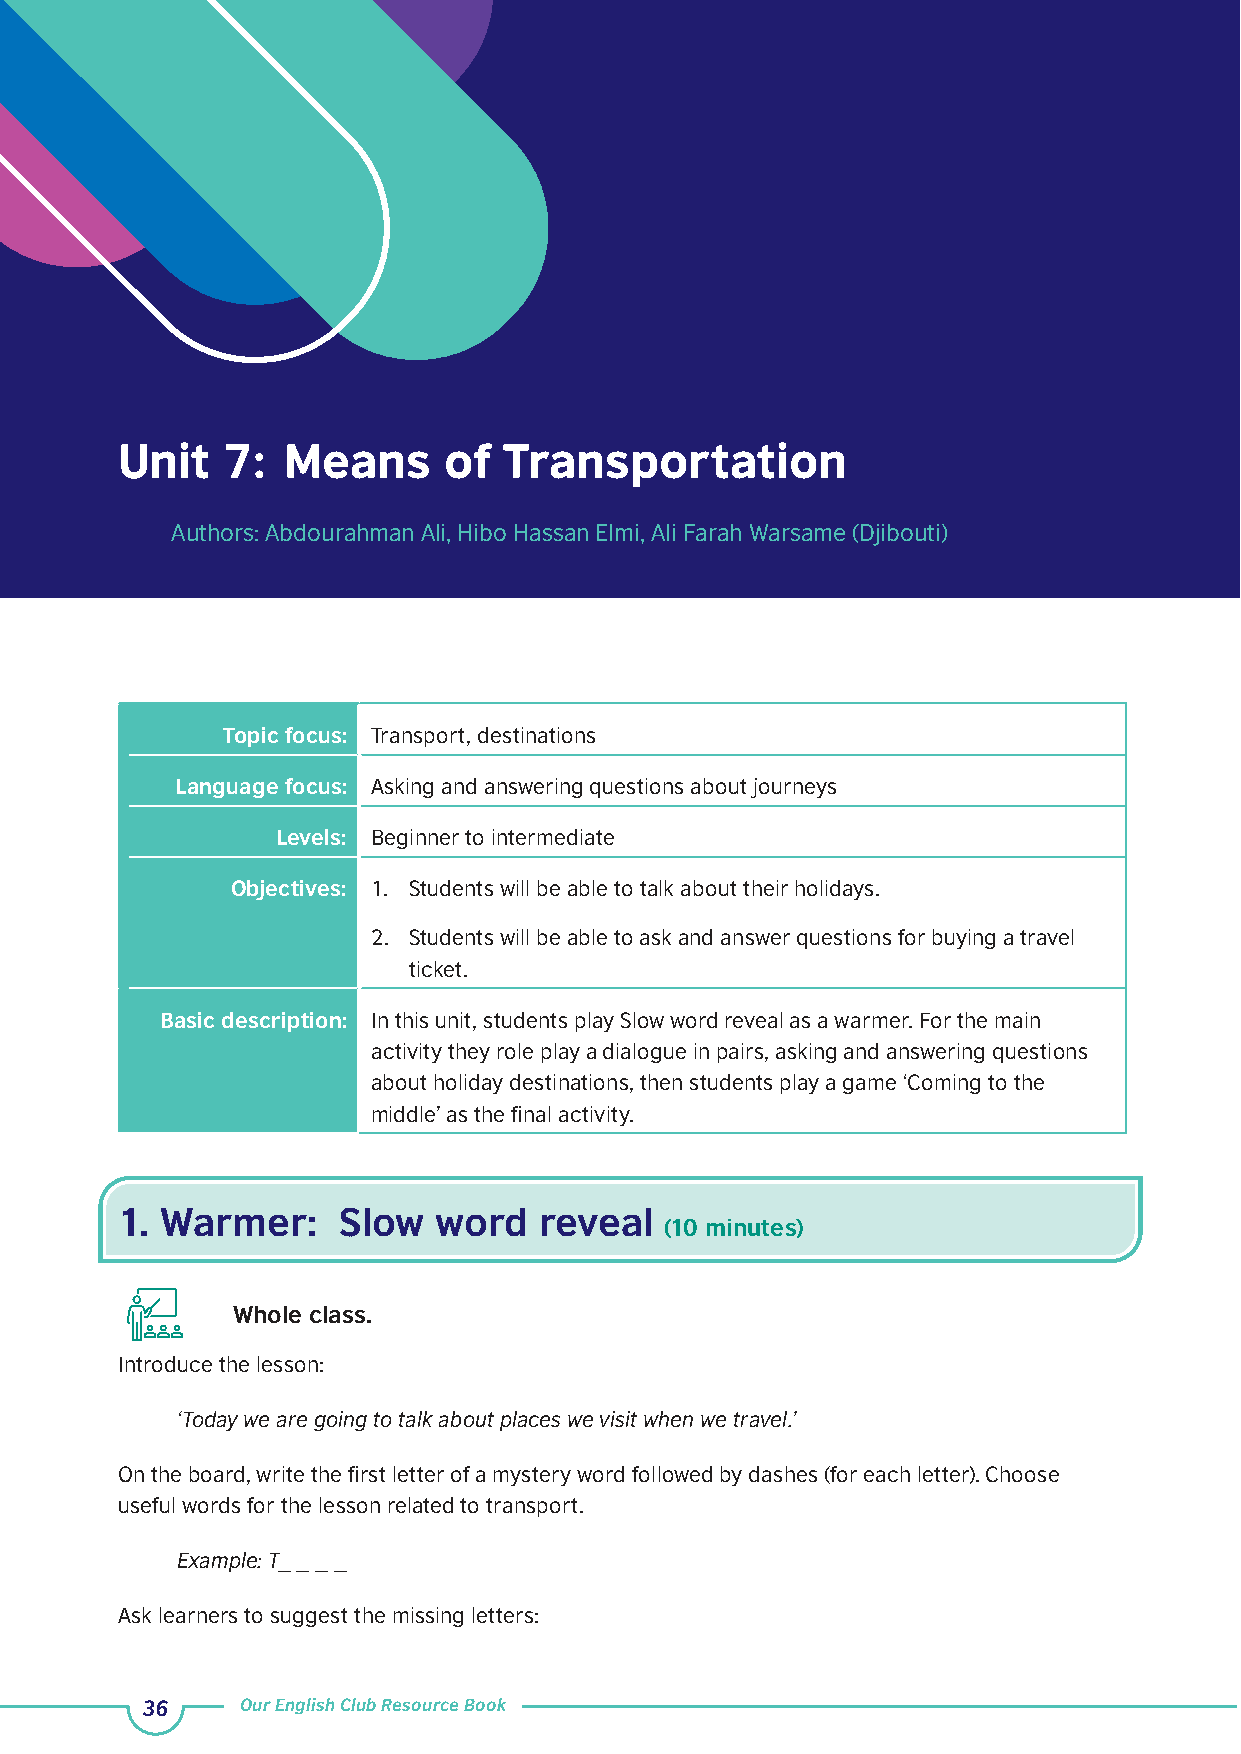
Unit   7:  Means     of  Transportation
 Authors: Abdourahman Ali, Hibo Hassan Elmi, Ali Farah Warsame (Djibouti)
 Topic focus: Transport, destinations
 Language focus: Asking and answering questions about journeys
 Levels: Beginner to intermediate
 Objectives: 1. Students will be able to talk about their holidays.
 2. Students will be able to ask and answer questions for buying a travel
 ticket.
 Basic description: In this unit, students play Slow word reveal as a warmer. For the main
 activity they role play a dialogue in pairs, asking and answering questions
 about holiday destinations, then students play a game ‘Coming to the
 middle’ as the final activity.
 1. Warmer:    Slow   word   reveal
 (10 minutes)
 Whole class.
 Introduce the lesson:
 ‘Today we are going to talk about places we visit when we travel.’
 On the board, write the first letter of a mystery word followed by dashes (for each letter). Choose
 useful words for the lesson related to transport.
 Example: T_ _ _ _
 Ask learners to suggest the missing letters:
 36     Our English Club Resource Book